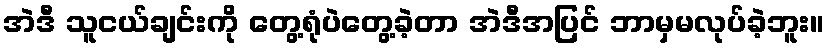
အဲဒီ သူငယ်ချင်းကို တွေ့ရုံပဲတွေ့ခဲ့တာ အဲဒီအပြင် ဘာမှမလုပ်ခဲ့ဘူး။